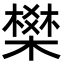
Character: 𭫽